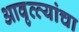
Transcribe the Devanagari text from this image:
आवृत्त्यांचा